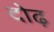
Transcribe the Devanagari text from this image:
दोढ़